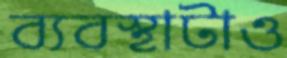
ব্যবস্থাটাও